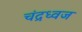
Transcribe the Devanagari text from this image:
चंद्रध्वज